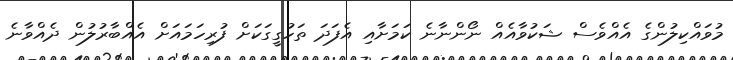
މުވައްކިލުންގެ އެއްވެސް ޝަކުވާއެއް ނޯންނާނެ ކަމަށާއި އެފަދަ ތަހުގީގަކަށް ފުރިހަަމައަށް އެއްބާރުލުން ދެއްވާނެ